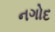
નગોદ